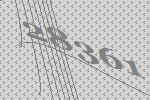
28361